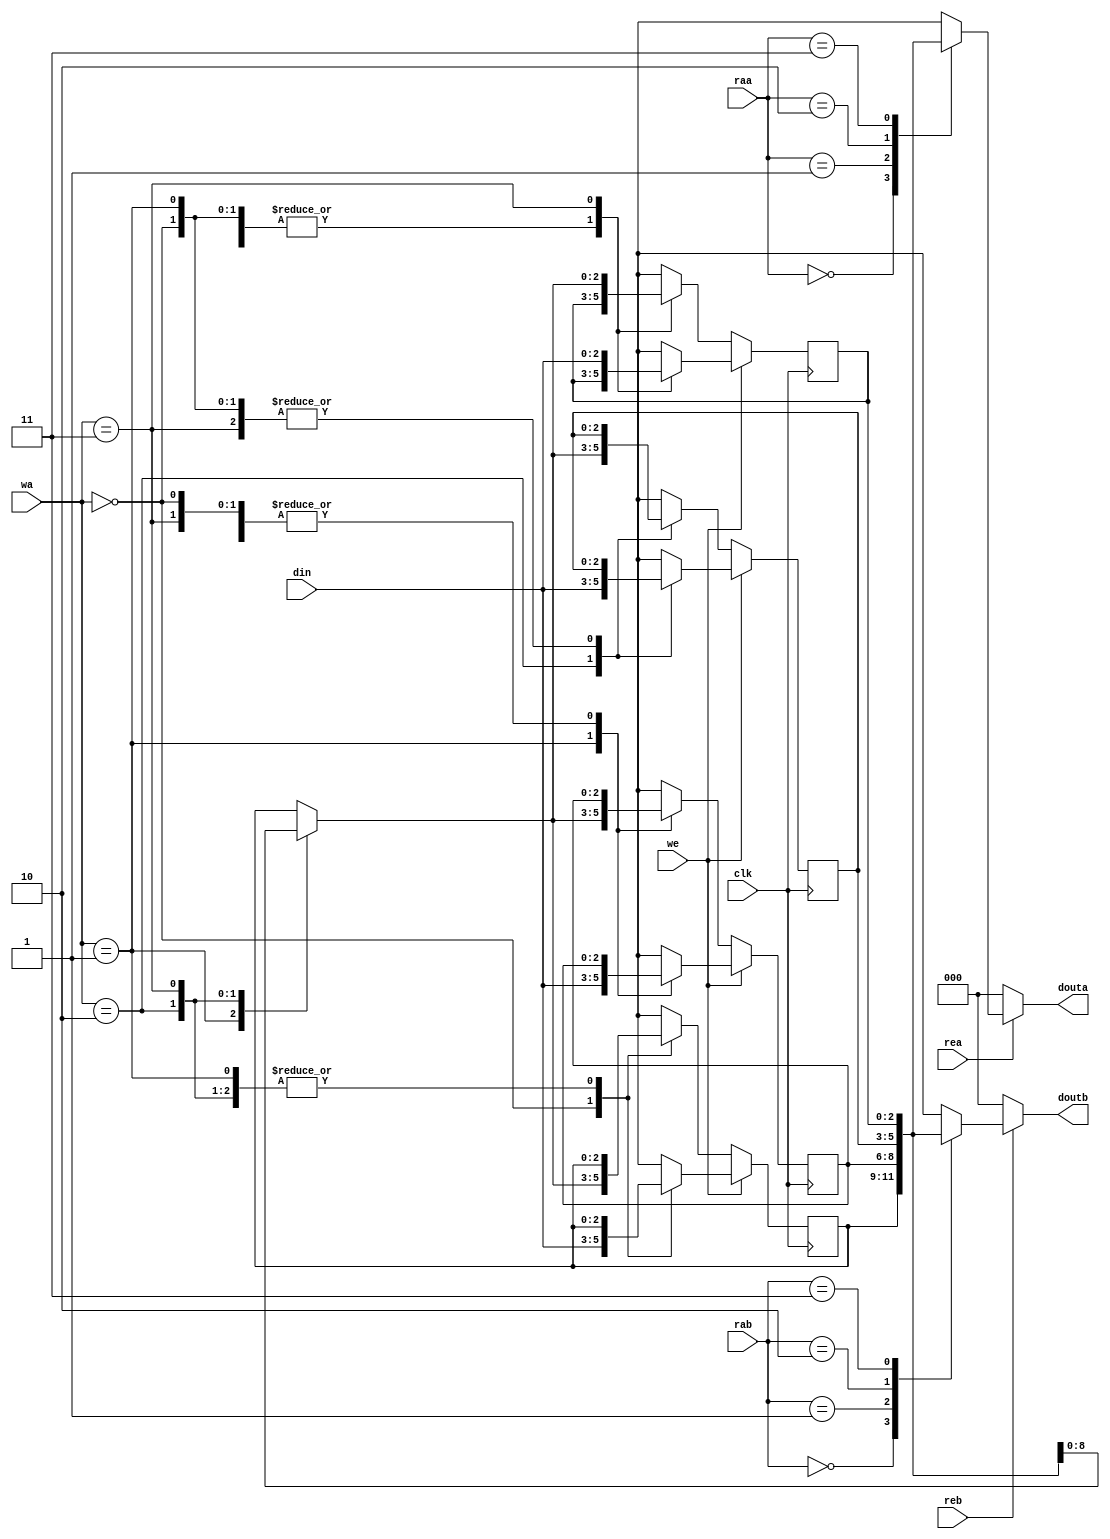
//								
//	Name: Christian	Moreano		
//	Class: CmpE 125,FA12		
//	Instructor: Dr. Hung		
//	Module: Register File
//		
//	Purpose: Take two 3bit signals , Performa read write OPS

module RF(clk, rea, reb, raa, rab, we, wa, din, douta, doutb);

input [2:0] din;
input [1:0] raa, rab, wa;
input clk, rea, reb, we;

output [2:0] douta, doutb;

reg [2:0] RF [3:0];

//two read operation (asychronous)
assign douta = (rea) ? RF[raa] : 0;
assign doutb = (reb) ? RF[rab] : 0;

//write operation (synchronous)
always@(posedge clk)
	begin
		if (we)
			RF[wa] = din;
		else
			RF[wa] = RF[wa];
	end
endmodule